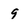
Character: 9